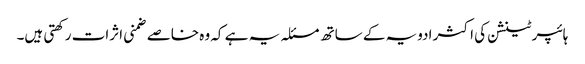
ہائپر ٹینشن کی اکثر ادویہ کے ساتھ مسئلہ یہ ہے کہ وہ خاصے ضمنی اثرات رکھتی ہیں۔